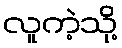
လူကဲ့သို့